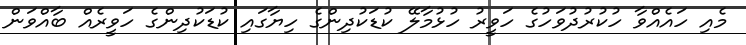
މެއި ހައެއްވާ ހުކުރުދުވަހުގެ ހަވީރު ހުޅުމާލޭ ކުޑަކުދިންގެ ހިޔާގައި ކުޑަކުދިންގެ ހަވީރެއް ބާއްވަން